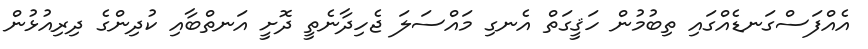
އެއްފަސްގަނޑެއްގައި ތިބުމުން ހަޤީގަތް އެނގި މައްސަލަ ޖެހިދާނެތީ ދޮށީ އަނތްބާއި ކުދިންގެ ދިރިއުޅުން